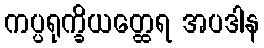
ကပ္ပရုက္ခိယတ္ထေရ အပဒါန